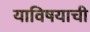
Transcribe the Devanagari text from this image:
याविषयाची